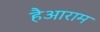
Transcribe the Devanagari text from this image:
हैआराम